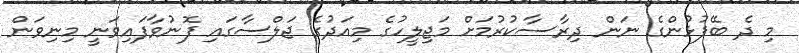
މި ދެ ބޭފުޅުންގެ ނަން ދިރާސާކުރުމަށް މަޖިލީހުގެ މިއަދުގެ ޖަލްސާގައި ފޮނުވާފައިވަނީ މިނިވަން